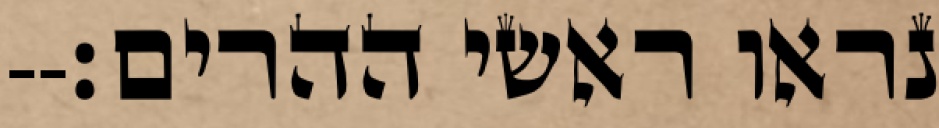
נראו ראשי ההרים׃--